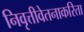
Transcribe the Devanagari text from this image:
निवृत्तीवेतनाकरिता